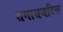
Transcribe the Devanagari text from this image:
समासजटिल